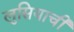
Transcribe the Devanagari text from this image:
लुसियाची